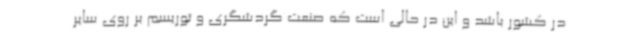
در کشور باشد و این در حالی است که صنعت گردشگری و توریسم بر روی سایر